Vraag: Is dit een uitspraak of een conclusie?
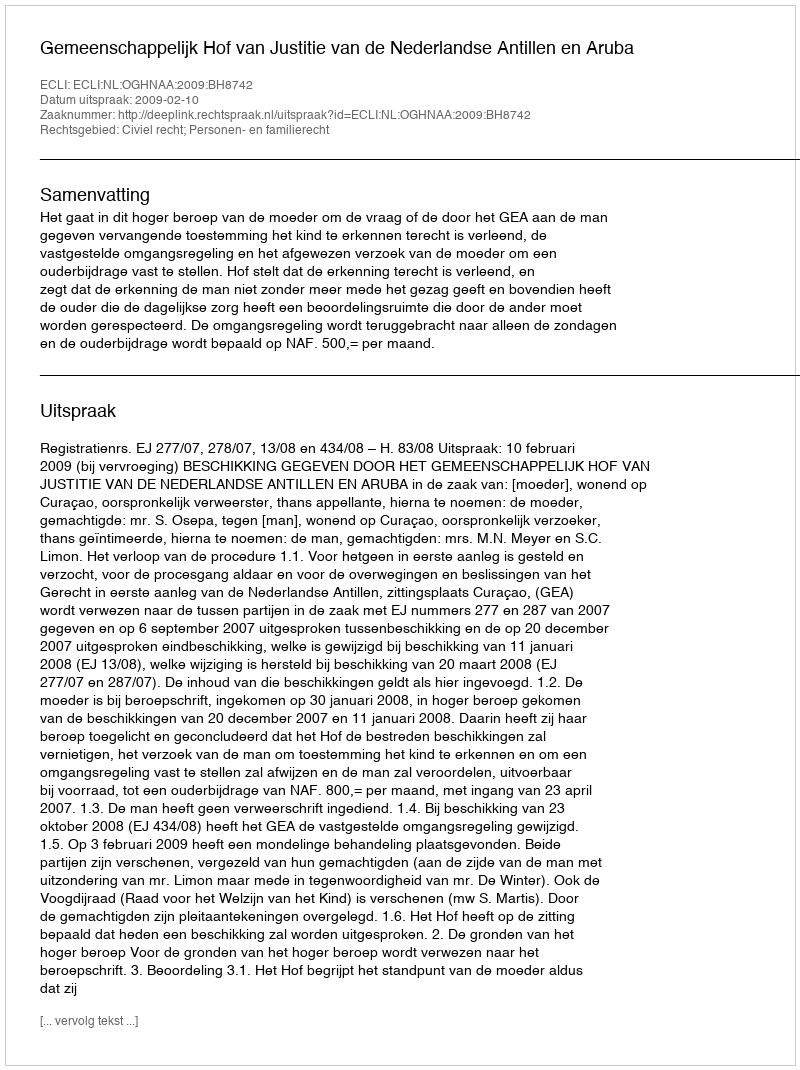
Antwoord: Uitspraak